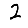
Digit: 2